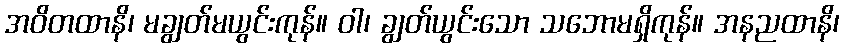
အဝိတထာနိ၊ မချွတ်မယွင်းကုန်။ ဝါ၊ ချွတ်ယွင်းသော သဘောမရှိကုန်။ အနညထာနိ၊